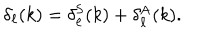
\delta _ { \ell } ( k ) = \delta _ { \ell } ^ { \mathrm { S } } ( k ) + \delta _ { \ell } ^ { \mathrm { A } } ( k ) .